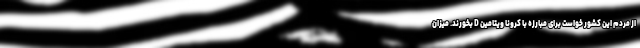
از مردم این کشور خواست برای مبارزه با کرونا ویتامین D بخورند. میزان